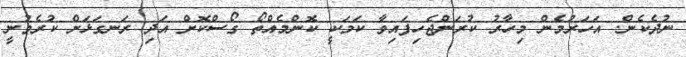
ނުދެކެން. އަހަރުމެން މިހާރު ކުރަންޖެހިފައިވާ ކަމަކީ ކޮންމެއްތޯ ގޯސްކޮށް އަދި ރަނގަޅަށް ކުރެވުނީ